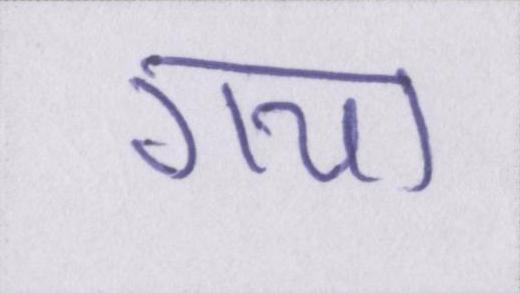
गया